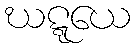
ဃဋ္ဋယေ